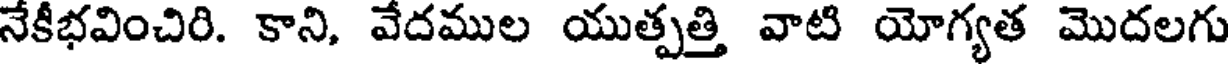
నేకీభవించిరి. కాని, వేదముల యుత్పత్తి వాటి యోగ్యత మొదలగు